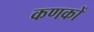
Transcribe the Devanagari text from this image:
कणकों